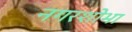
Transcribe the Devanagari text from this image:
नगरशोभा